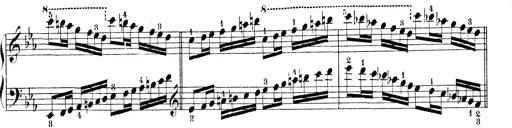
Title: Technische Studien
Composer: Franz Liszt